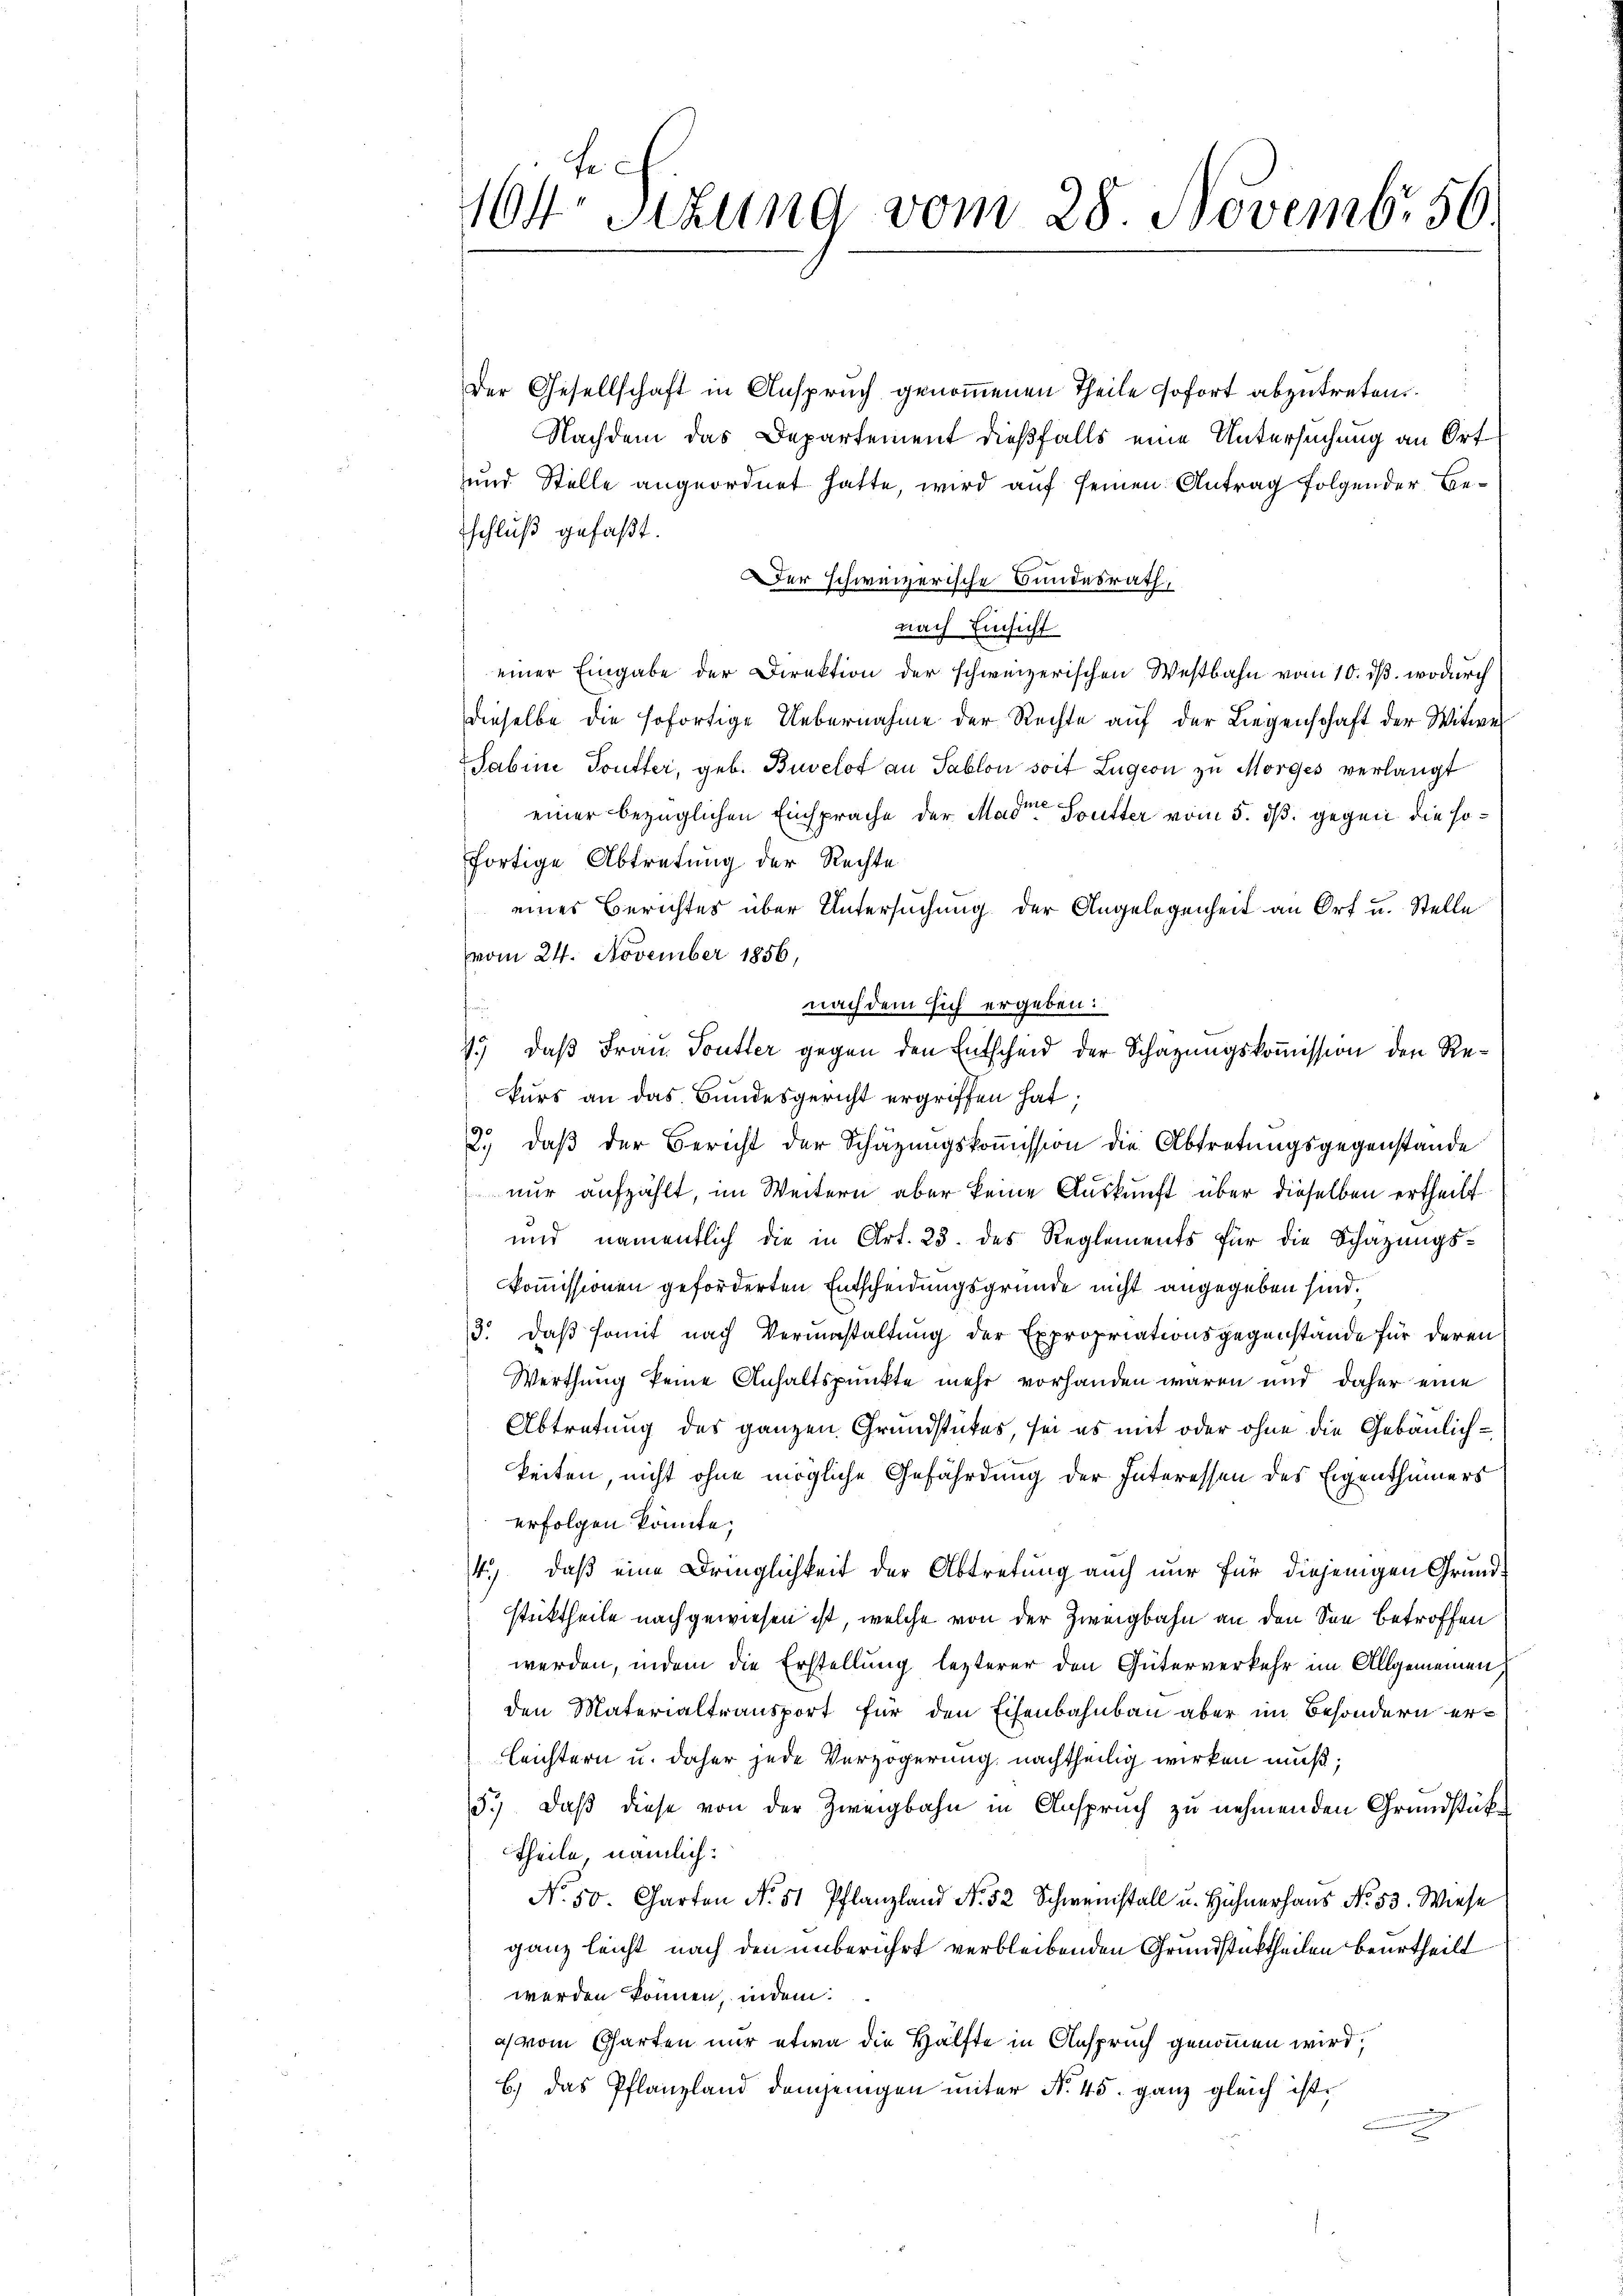
104 Sizung vom 28. Novemb. 56.

Der Gesellschaft in Anspruch genommenen Theile sofort abzutreten.
Nachdem das Departement dießfalls eine Untersuchung an Ort
und Stelle angeordnet hatte, wird auf seinen Antrag folgender Beschluß gefaßt.
er schweizerische Bundesrath,
nach Einsicht
einer Eingabe der Direktion der schweizerischen Westbahn vom 10. dβ. wodurch
dieselbe die sofortige Uebernahme der Rechte aŭf der Liegenschaft der Witwe
Sabine Toutter, geb. Buvelot an Sablon soit Zugern zu Morges verlangt
einer bezüglichen Einsprache der Mader Soutter vom 5. dß. gegen die sofortige Abtretung der Rechte
eines Berichtes über Untersuchung der Angelegenheit an Ort u. Stelle
vom 24. November 1856,
nach dem sich ergeben:
1.) daß Frau Toutter gegen den Entscheid der Schatzungskommission den Rekurs an das Bundesgericht ergriffen hat;
2.) daß der Bericht der Schätzungskoṁission die Abtretungsgegenstande
nur aufzählt, im Weitern aber keine Auskunft über dieselben ertheilt
und namentlich die in Art. 23. des Reglements für die Schazungskommissionen geforderten Entscheidungsgründe nicht angegeben sind.
3. daβ somit nach Vermasaltŭng der Expropriationsgegenstände für deren
Werthung keine Anhaltspunkte mehr vorhanden waren und daher eine
Abtretung des ganzen Grundstückes, sei es mit oder ohne die Gebäulichkeiten, nicht ohne mögliche Gefährdung der Interessen des Eigenthümers
erfolgen könnte;
4) daß eine Dringlichkeit der Abtretung auch nur für diejenigen Grund
sticktheile nachgewiesen ist, welche von der Zweigbahn an den See betroffen
werden, indem die Erstellung lezterer den Güterverkehr im Allgemeinen
den Materialtransport für den Eisenbahnbau aber im Besondern erleichtern u. daher jede Verzögerung nachtheilig wirken muß;
5.) Daß diese von der Zweigbahn in Anspruch zu nehmenden Grundstüktheile, nämlich:
No. 50. Charten No. 51 Pflanzland No. 52 Schweinstall u. Hühnerhaus No. 53. Wiese
ganz leicht nach den unberührt verbleibenden Grundstücktheilen beurtheilt
werden können, indem:
ich vom Garten nur etwa die Hälfte in Anspruch genommen wird,
b.) das Pflanzland demjenigen unter N. 45. ganz gleich ist.